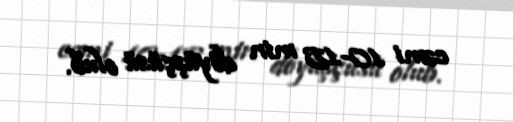
cəmi 10-15 min döyüşçüsü olub.